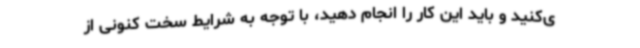
ی‌کنید و باید این کار را انجام دهید، با توجه به شرایط سخت کنونی از